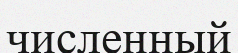
численный